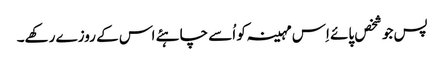
پس جو شخص پائے اِس مہینہ کو اُسے چاہئے اس کے روزے رکھے۔